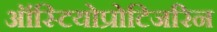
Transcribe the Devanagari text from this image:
ऑस्टियोप्रोटिजरिन